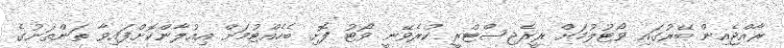
ރާއްޖެއިން ބޭރުގައި ވޯޓުލުމަށް ރީރެޖިސްޓްރީ ކުރެވޭނީ ވޯޓު ފޮށި ބެހެއްޓުމަށް އިއުލާންކޮށްފައިވާ ތަންތަނުގެ